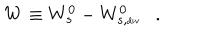
W \equiv W _ { s } ^ { 0 } - W _ { s , \tiny { \mathrm { d i v } } } ^ { 0 } .